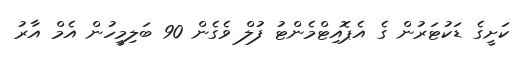
ކަށީގެ ޑަކުޓަރުން ގެ އެޕޮއިޓްމެންޓު ފުލް ވެގެން 90 ބަލިމީހުން އެމް އާރު